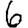
Digit: 6